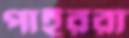
পাইররা